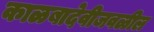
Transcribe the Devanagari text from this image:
काळबादेवीजवळील